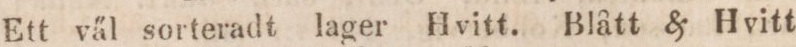
Ett väl sorteradt lager Hvitt. Blått & Hvitt